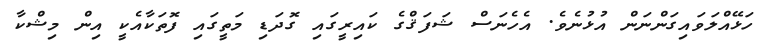
ހަޅޭއްލަވައިގަންނަން އުޅުނެވެ. އެހެނަސް ޝަފަޤްގެ ކައިރީގައި ގޮދަޑި މަތީގައި ފޮތަކާއެކީ އިން މިޝްކާ